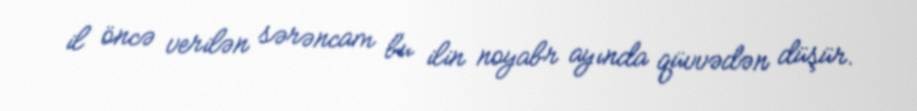
il öncə verilən sərəncam bu ilin noyabr ayında qüvvədən düşür.